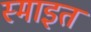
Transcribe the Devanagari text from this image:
स्माइत